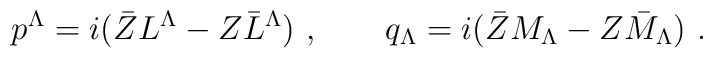
p^\Lambda = i(\bar Z L^\Lambda - Z \bar L^\Lambda)\ , \qquad q_\Lambda = i(\bar Z M_\Lambda - Z \bar M_\Lambda) \ .